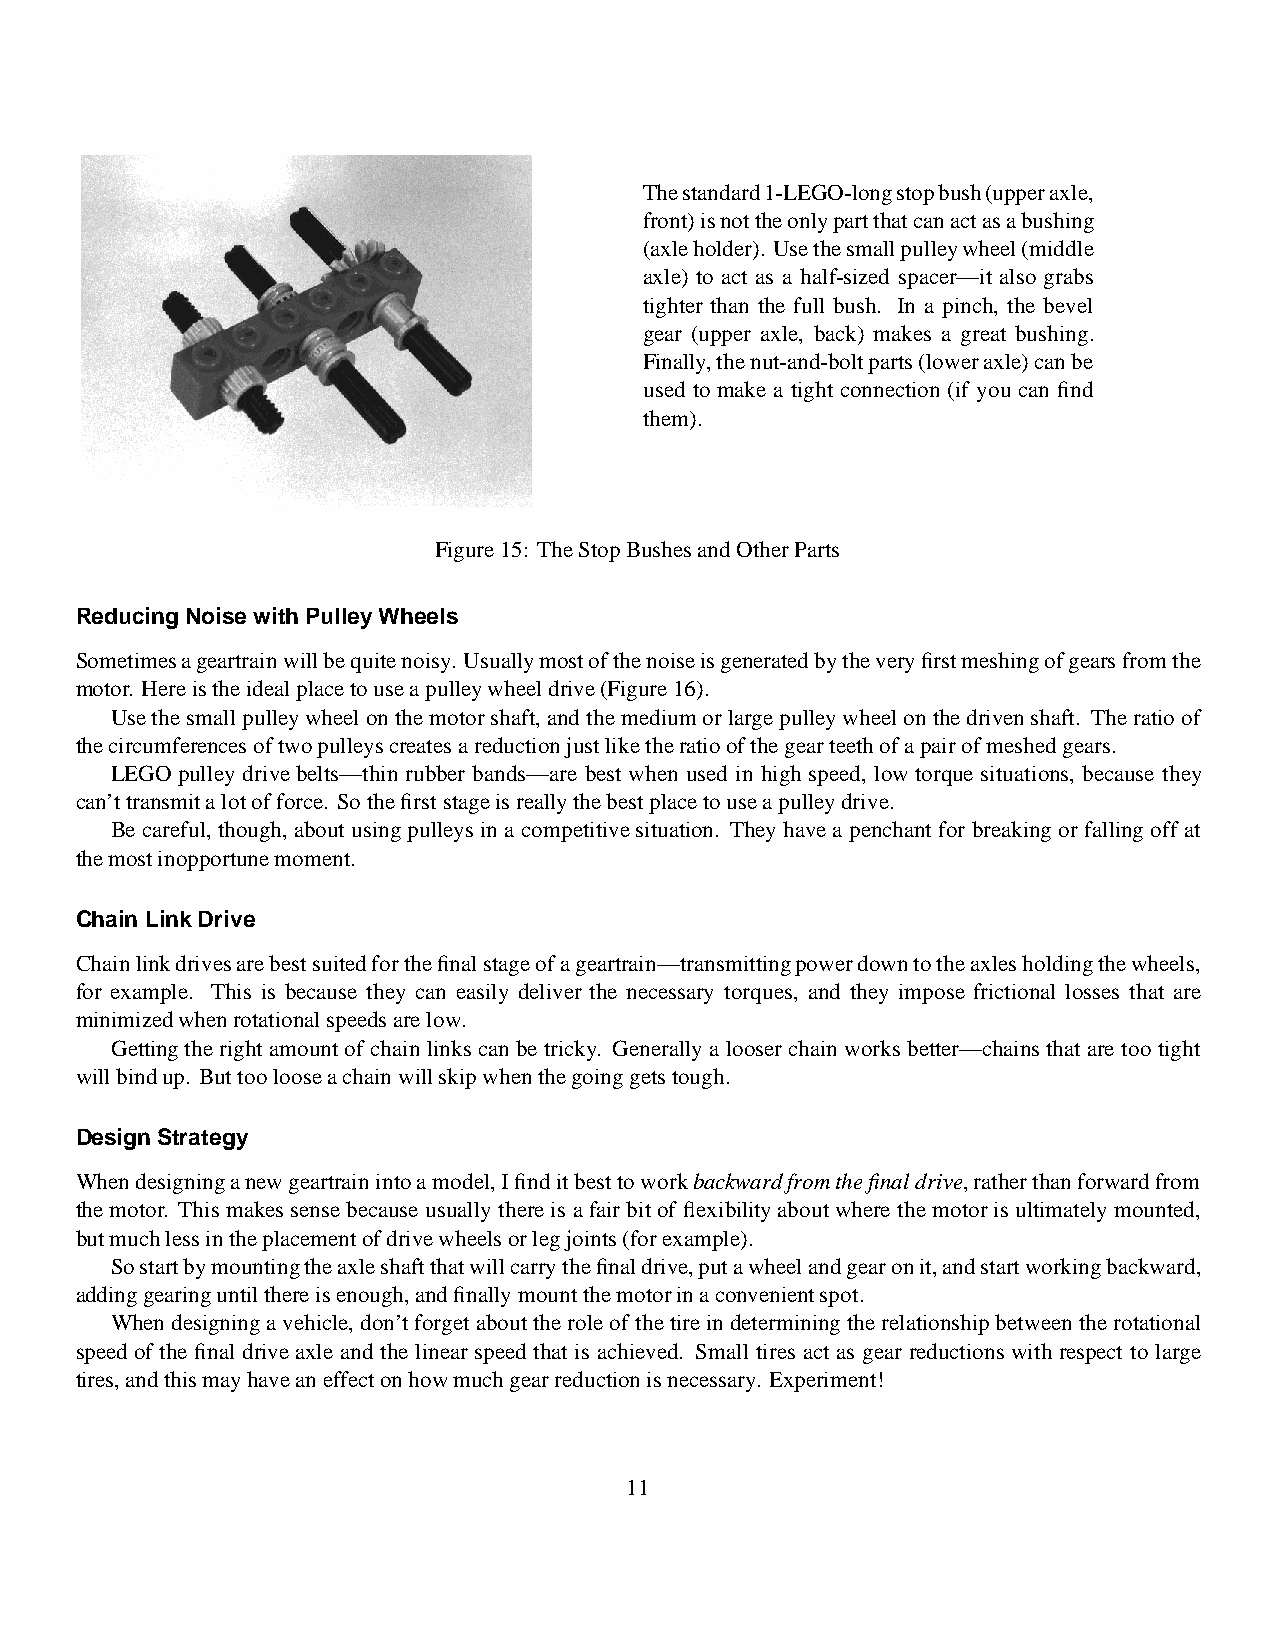
Thestandard1-LEGO-longstopbush(upperaxle,
 front)isnottheonlypartthatcanactasabushing
 (axleholder). Usethesmallpulleywheel(middle
 axle) to act as a half-sized spacer—it also grabs
 tighter than the full bush. In a pinch, the bevel
 gear (upper axle, back) makes a great bushing.
 Finally,thenut-and-boltparts(loweraxle)canbe
 used to make a tight connection (if you can find
 them).
 Figure15: TheStopBushesandOtherParts
 ReducingNoise withPulleyWheels
 Sometimesageartrainwillbequitenoisy. Usuallymostofthenoiseisgeneratedbytheveryfirstmeshingofgearsfromthe
 motor. Hereistheidealplacetouseapulleywheeldrive(Figure16).
 Usethe smallpulleywheel onthe motorshaft, andthe mediumor largepulleywheelon thedrivenshaft. Theratio of
 thecircumferencesoftwopulleyscreatesareductionjustliketheratioofthegearteethofapairofmeshedgears.
 LEGO pulley drive belts—thin rubber bands—are best when used in high speed, low torque situations, because they
 can’ttransmitalotofforce. Sothefirststageisreallythebestplacetouseapulleydrive.
 Be careful, though, about usingpulleysin a competitivesituation. Theyhavea penchant for breaking or fallingoff at
 themostinopportunemoment.
 Chain LinkDrive
 Chainlinkdrivesarebestsuitedforthefinalstageofageartrain—transmittingpowerdowntotheaxlesholdingthewheels,
 for example. This is because they can easily deliver the necessary torques, and they impose frictional losses that are
 minimizedwhenrotationalspeedsarelow.
 Gettingthe right amountof chain linkscan be tricky. Generally a looser chain works better—chainsthat are too tight
 willbindup. Buttoolooseachainwillskipwhenthegoinggetstough.
 DesignStrategy
 Whendesigninganewgeartrainintoamodel,Ifinditbesttoworkbackwardfromthefinaldrive,ratherthanforwardfrom
 the motor. This makessense because usuallythere is a fair bitof flexibilityaboutwhere the motorisultimatelymounted,
 butmuchlessintheplacementofdrivewheelsorlegjoints(forexample).
 Sostartbymountingtheaxleshaftthatwillcarrythefinaldrive,putawheelandgearonit,andstartworkingbackward,
 addinggearinguntilthereisenough,andfinallymountthemotorinaconvenientspot.
 Whendesigninga vehicle, don’tforget aboutthe role of thetire indeterminingthe relationshipbetween the rotational
 speed of the final driveaxle and the linear speed that is achieved. Small tires act as gear reductions with respect to large
 tires,andthismayhaveaneffectonhowmuchgearreductionisnecessary. Experiment!
 11